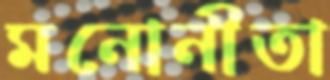
মনোনীতা